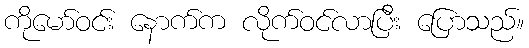
ကိုမော်ဝင်း နောက်က လိုက်ဝင်လာပြီး ပြောသည်။